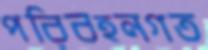
পরিবহনগত